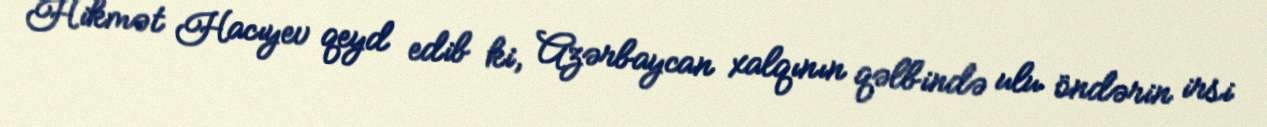
Hikmət Hacıyev qeyd edib ki, Azərbaycan xalqının qəlbində ulu öndərin irsi